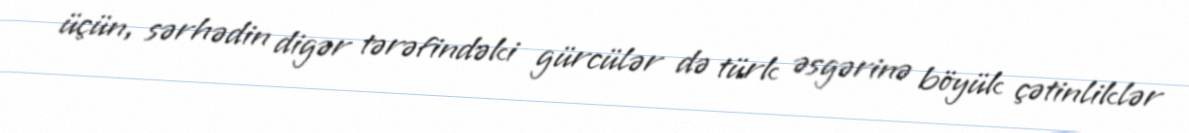
üçün, sərhədin digər tərəfindəki gürcülər də türk əsgərinə böyük çətinliklər